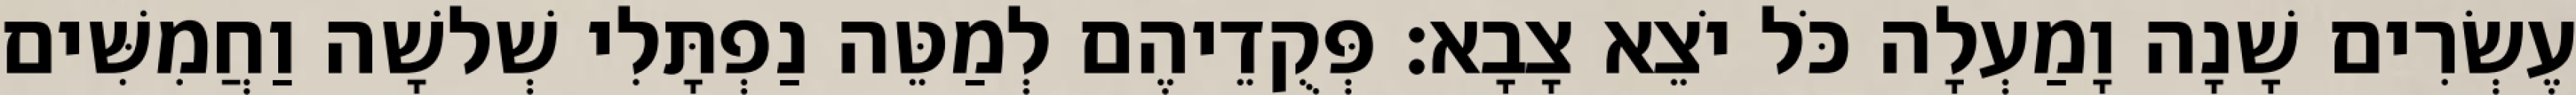
עֶשְׂרִים שָׁנָה וָמַעְלָה כֹּל יֹצֵא צָבָא׃ פְּקֻדֵיהֶם לְמַטֵּה נַפְתָּלִי שְׁלשָׁה וַחֲמִשִּׁים